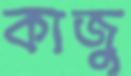
কাজু